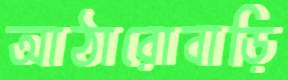
আঠারোবাড়ি